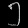
Digit: ၅